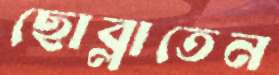
ছোব্‌লাতেন